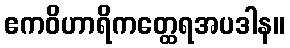
ဧကဝိဟာရိကတ္ထေရအပဒါန။